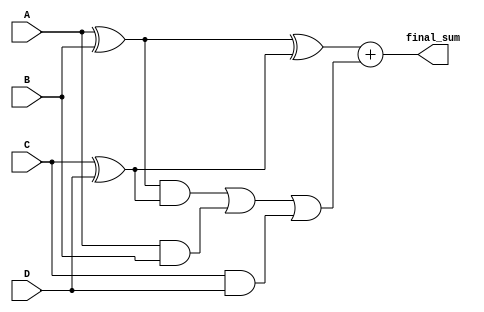
module CarrySaveAdderTree(
    input [3:0] A,
    input [3:0] B,
    input [3:0] C,
    input [3:0] D,
    output reg [4:0] final_sum
);
    
    // Intermediate wires for CSA stages
    wire [3:0] sum1, sum2;    // Sum outputs from the first stage
    wire [3:0] carry1, carry2; // Carry outputs from the first stage
    wire [3:0] final_sum_temp;
    wire [3:0] final_carry;

    // Carry Save Adder for inputs A and B
    assign sum1 = A ^ B;         // Sum output from A and B
    assign carry1 = A & B;       // Carry output from A and B

    // Carry Save Adder for inputs C and D
    assign sum2 = C ^ D;         // Sum output from C and D
    assign carry2 = C & D;       // Carry output from C and D

    // Second stage: Combining sum1, carry1, sum2, and carry2
    wire [3:0] sum3, carry3;

    // Combine the results from the first stage
    assign sum3 = sum1 ^ sum2;               // Sum output from the second stage
    assign carry3 = (sum1 & sum2) | carry1 | carry2; // Carry output from the second stage

    // Final addition using a 4-bit ripple carry adder
    wire [4:0] final_sum_ripple;

    // Final Stage: Add sum3 and carry3
    assign final_sum_ripple = sum3 + carry3; // Final sum output

    // Final output assignment
    always @(*) begin
        final_sum = final_sum_ripple; // Output the final result
    end

endmodule